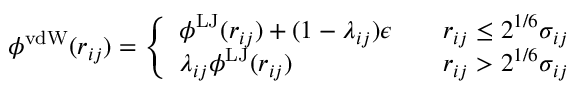
\phi ^ { \mathrm { v d W } } ( r _ { i j } ) = \left\{ \begin{array} { l l } { \phi ^ { \mathrm { L J } } ( r _ { i j } ) + ( 1 - \lambda _ { i j } ) \epsilon } & { \quad r _ { i j } \leq 2 ^ { 1 / 6 } \sigma _ { i j } } \\ { \lambda _ { i j } \phi ^ { \mathrm { L J } } ( r _ { i j } ) } & { \quad r _ { i j } > 2 ^ { 1 / 6 } \sigma _ { i j } } \end{array} \right.